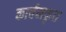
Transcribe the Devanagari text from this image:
कार्बनकृत